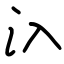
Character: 𣱿